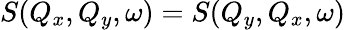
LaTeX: S(Q_{x},Q_{y},\omega)=S(Q_{y},Q_{x},\omega)